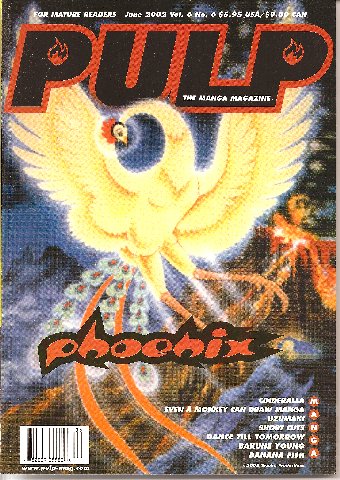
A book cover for Pulp Vol. 6 No. 6 (The Manga Magzine, June, 2002); Viz Communications; Comics & Graphic Novels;